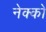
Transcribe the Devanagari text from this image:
नेक्को